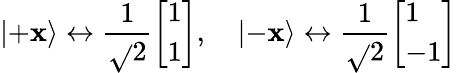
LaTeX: \left|+\mathbf{x}\right\rangle\leftrightarrow{\frac{{1}}{{\sqrt{}{{2}}}}}{\left[\begin{array}{l}{1}\\ {1}\end{array}\right]},\quad\left|-\mathbf{x}\right\rangle\leftrightarrow{\frac{{1}}{{\sqrt{}{{2}}}}}{\left[\begin{array}{l}{1}\\ {-1}\end{array}\right]}